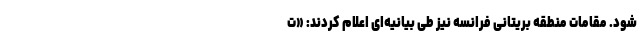
شود. مقامات منطقه بریتانی فرانسه نیز طی بیانیه‌ای اعلام کردند: «ت